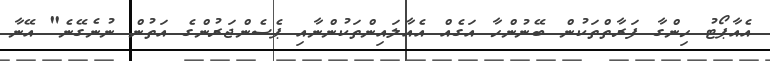
އެއާޕޯޓު ހިންގާ ފަރާތްތަކުން ބޭނުންހާ އަގެއް އެއާލައިންތަކުންނާއި ޕެސެންޖަރުންގެ އަތުން ނުނެގޭނެ" އޭނާ